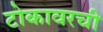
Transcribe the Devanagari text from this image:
टोकावरची